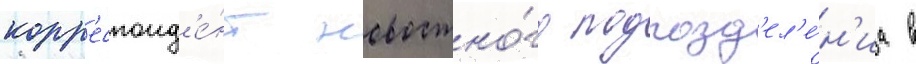
корр'еспонд'е́нт новостно́го подразд'ел'е́н'иа в